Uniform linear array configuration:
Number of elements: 16
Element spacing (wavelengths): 0.5
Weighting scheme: cosine
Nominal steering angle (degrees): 60
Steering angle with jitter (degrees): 59.381
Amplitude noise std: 0.05
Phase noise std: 0.05

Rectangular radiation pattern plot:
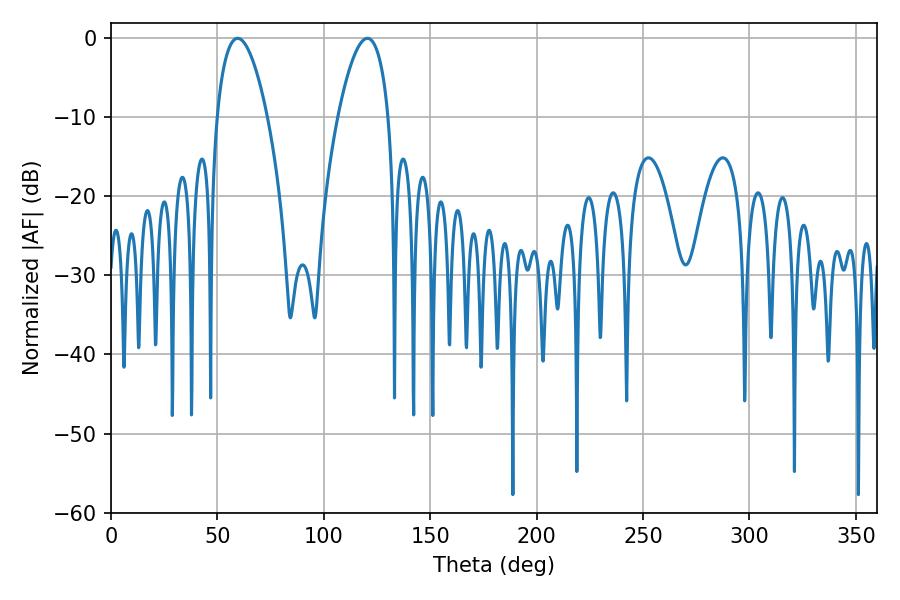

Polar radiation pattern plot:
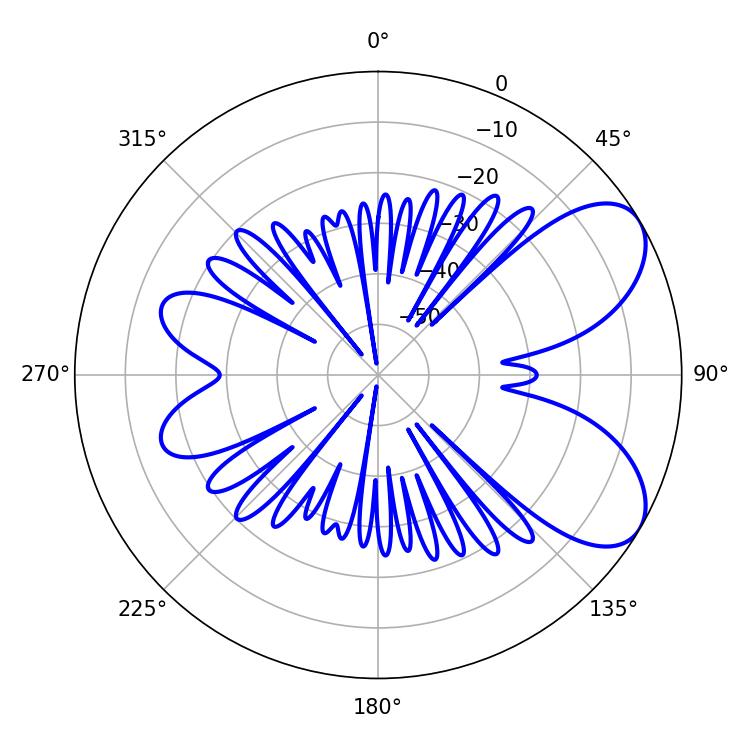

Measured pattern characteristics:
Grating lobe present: FALSE
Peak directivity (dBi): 6.85
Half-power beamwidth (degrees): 13.14
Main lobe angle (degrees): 59.58